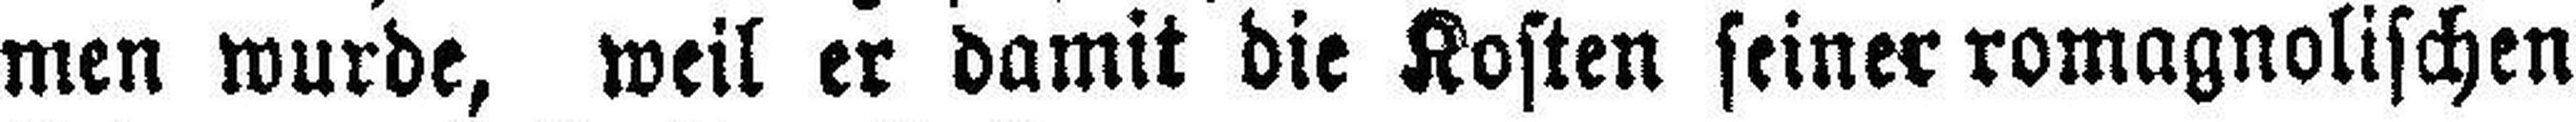
men wurde, weil er damit die Kosten seiner romagnolischen